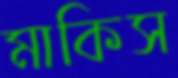
মাকিস